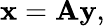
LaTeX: \mathbf{x}=\mathbf{A}\mathbf{y},